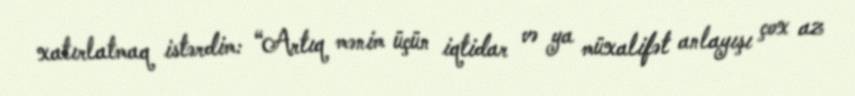
xatırlatmaq istərdim: “Artıq mənim üçün iqtidar və ya müxalifət anlayışı çox az